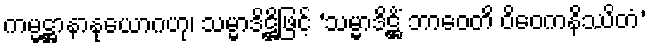
ကမ္မဋ္ဌာနာနုယောဂဟု၊ သမ္မာဒိဋ္ဌိဖြင့် ‘သမ္မာဒိဋ္ဌိံ ဘာဝေတိ ဝိဝေကနိဿိတံ’